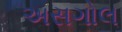
અસગોલ